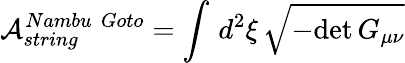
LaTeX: \mathcal{A}_{string}^{Nambu\, \, Goto}=\int\, d^{2}\xi\, \sqrt{-\mathrm{det}\, G_{\mu\nu}}